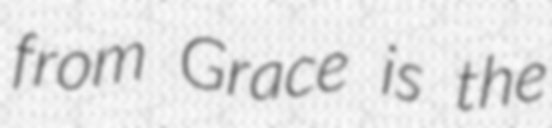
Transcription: from Grace is the